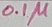
Text: 0.1µ